Senior Leaving Certificate Examination (including Day School Certificate (Higher) General paper), 1947
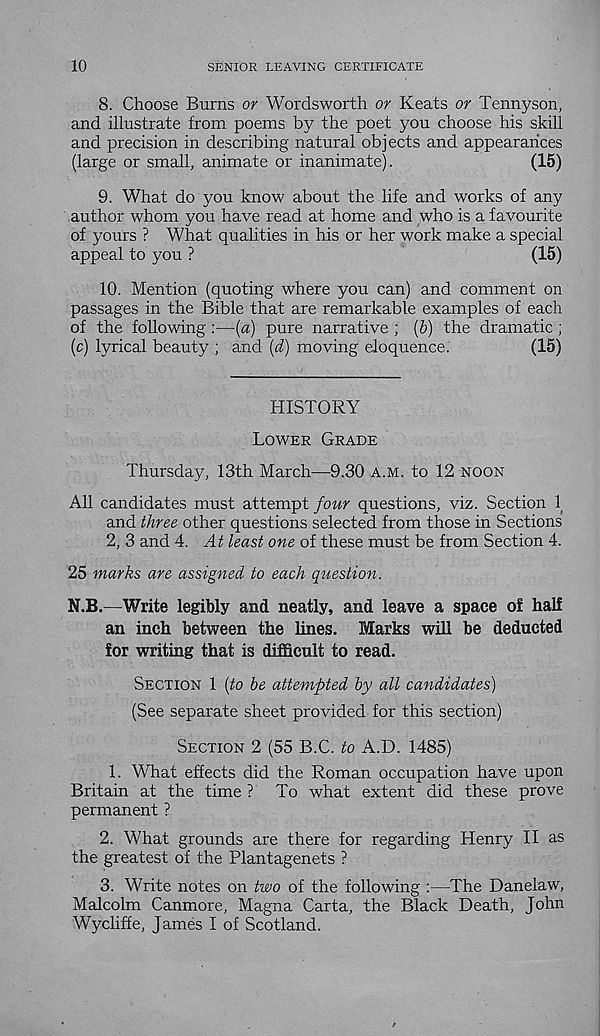
10
SENIOR LEAVING CERTIFICATE
8. Choose Burns or Wordsworth or Keats or Tennyson,
and illustrate from poems by the poet you choose his skill
and precision in describing natural objects and appearances
(large or small, animate or inanimate).
(15)
9. What do you know about the life and works of any
author whom you have read at home and who is a favourite
of yours ? What qualities in his or her work make a special
appeal to you ?
(15)
10. Mention (quoting where you can) and comment on
passages in the Bible that are remarkable examples of each
of the following :—[a) pure narrative ; {b) the dramatic ;
(c) lyrical beauty ; and {d) moving eloquence.
(15)
HISTORY
LOWER GRADE
Thursday, 13th March—9.30 A.M. to 12 NOON
All candidates must attempt four questions, viz. Section 1
and three other questions selected from those in Sections
2, 3 and 4. At least one of these must be from Section 4.
25 marks are assigned to each question.
N.B.—Write legibly and neatly, and leave a space of half
an inch between the lines. Marks will be deducted
for writing that is difficult to read.
SECTION 1 (to be attempted by all candidates)
(See separate sheet provided for this section)
SECTION 2 (55 B.C. to A.D. 1485)
1.
What effects did the Roma
Britain at the time ? To what extent did these prove
permanent ?
2. What grounds are there for regarding Henry II as
the greatest of the Plantagenets ?
3. Write notes on two of the following :—The Danelaw,
Malcolm Canmore, Magna Carta, the Black Death, John
Wycliffe, James I of Scotland.